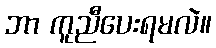
ဘာ ကူညီပေးရမလဲ။